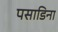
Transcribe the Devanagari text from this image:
पसाडिना